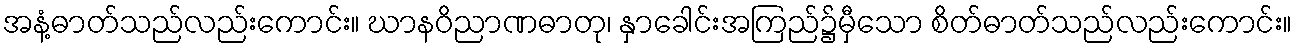
အနံ့ဓာတ်သည်လည်းကောင်း။ ဃာနဝိညာဏဓာတု၊ နှာခေါင်းအကြည်၌မှီသော စိတ်ဓာတ်သည်လည်းကောင်း။